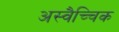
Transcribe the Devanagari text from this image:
अस्वैच्चिक